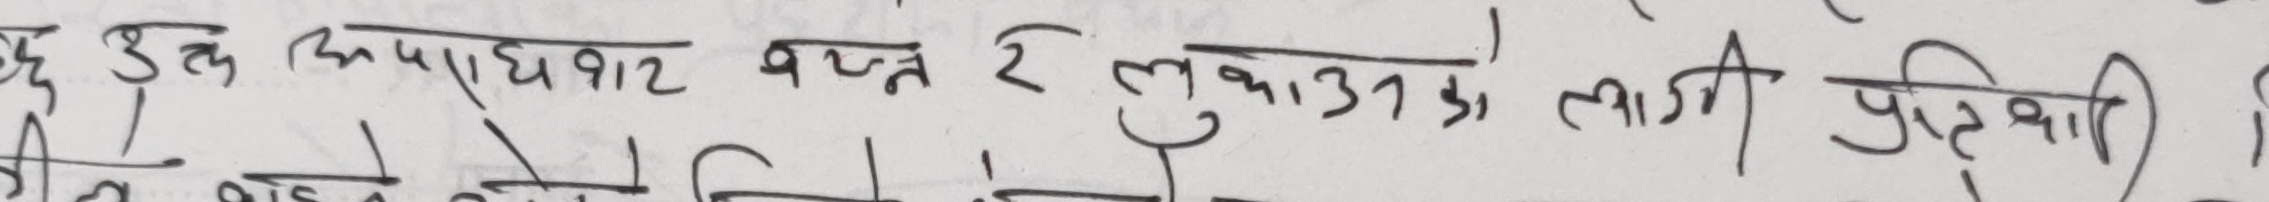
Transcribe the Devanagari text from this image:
छ उक्त किपाध्यावार वज्र रे लुकाउडा को लागी पुत्र वध